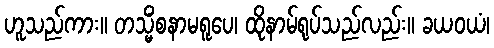
ဟူသည်ကား။ တသ္မိံစနာမရူပေ၊ ထိုနာမ်ရုပ်သည်လည်း။ ခယဝယံ၊